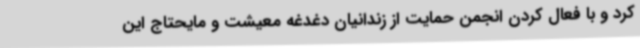
کرد و با فعال کردن انجمن حمایت از زندانیان دغدغه معیشت و مایحتاج این